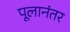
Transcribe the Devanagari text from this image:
पूलानंतर